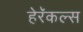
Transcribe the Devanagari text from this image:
हेरॅकल्स